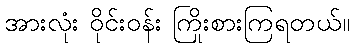
အားလုံး ဝိုင်းဝန်း ကြိုးစားကြရတယ်။